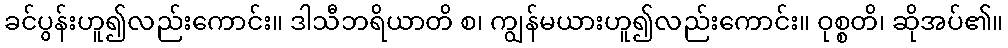
ခင်ပွန်းဟူ၍လည်းကောင်း။ ဒါသီဘရိယာတိ စ၊ ကျွန်မယားဟူ၍လည်းကောင်း။ ဝုစ္စတိ၊ ဆိုအပ်၏။